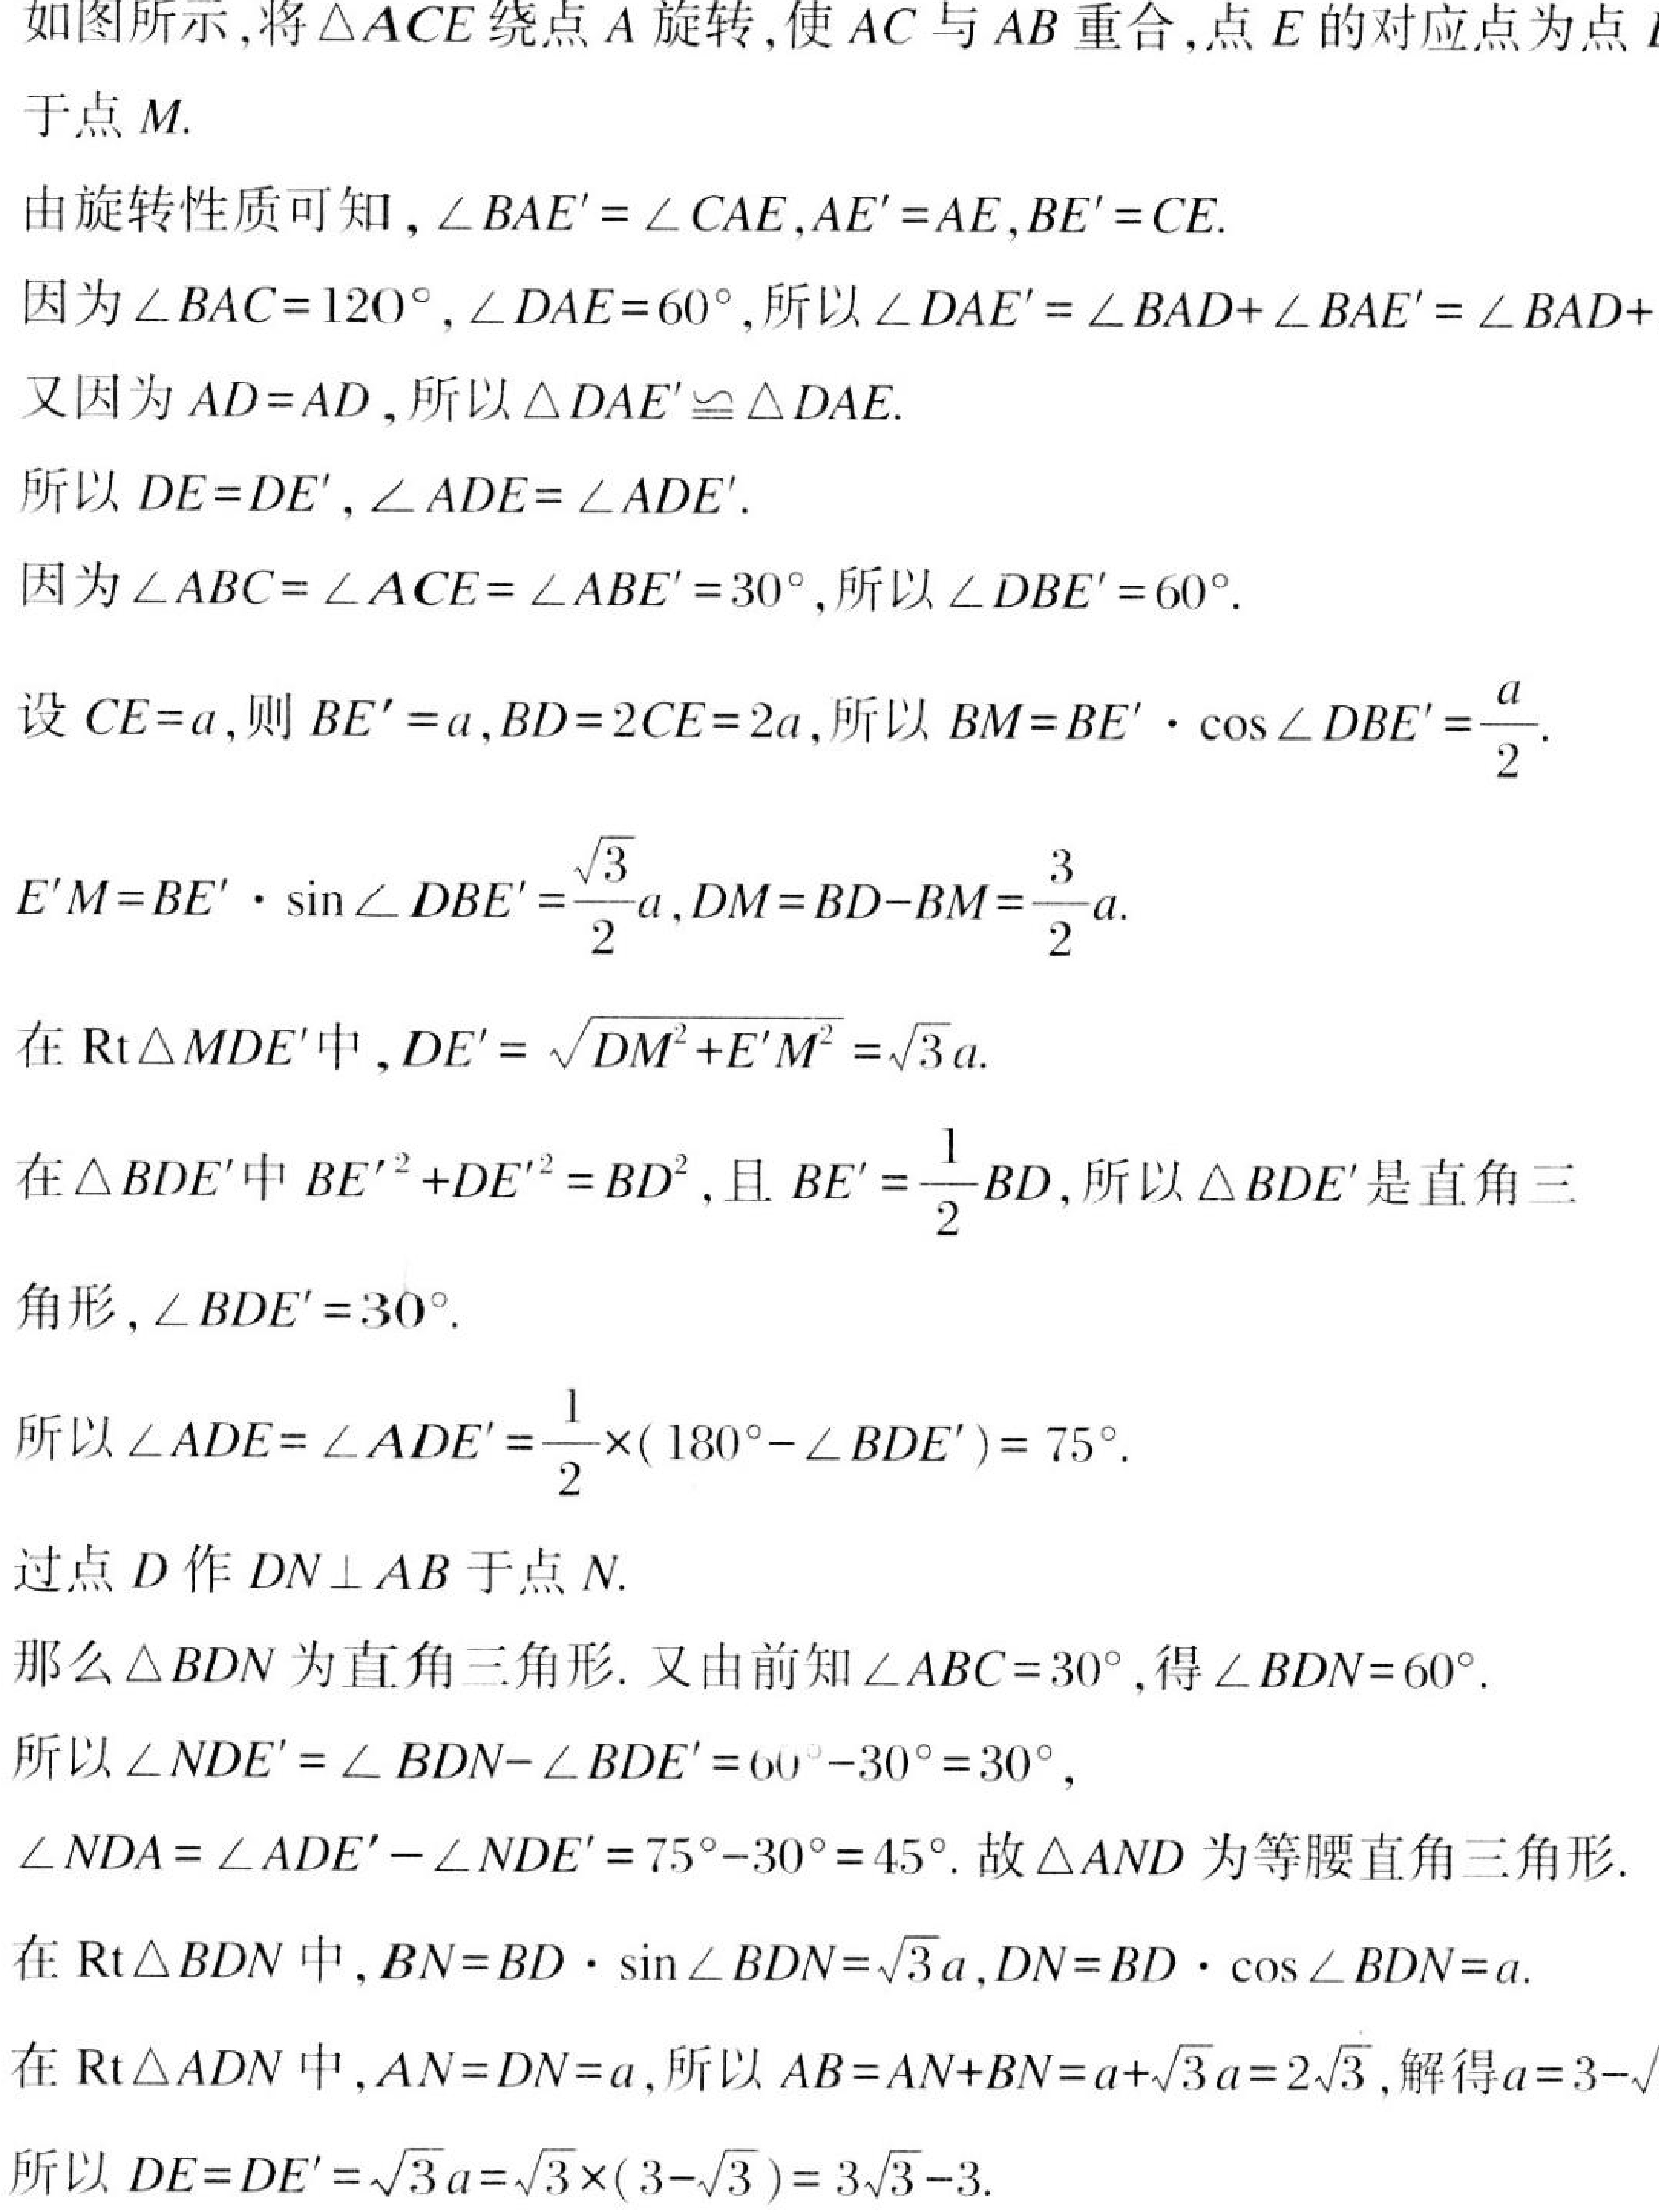
如图所示,将\(\triangle ACE\)绕点\(A\)旋转,使\(AC\)与\(AB\)重合,点\(E\)的对应点为点\(E'\)于点\(M\).
由旋转性质可知，\(\angle BAE'=\angle CAE\),\(AE' = AE\),\(BE' = CE\).
因为\(\angle BAC = 120^{\circ}\),\(\angle DAE = 60^{\circ}\),所以\(\angle DAE'=\angle BAD+\angle BAE'=\angle BAD +\)
又因为\(AD = AD\),所以\(\triangle DAE'\cong\triangle DAE\).
所以\(DE = DE'\),\(\angle ADE=\angle ADE'\).
因为\(\angle ABC=\angle ACE=\angle ABE' = 30^{\circ}\),所以\(\angle DBE' = 60^{\circ}\).
设\(CE = a\),则\(BE' = a\),\(BD = 2CE = 2a\),所以\(BM=BE'\cdot\cos\angle DBE'=\frac{a}{2}\).
\(E'M=BE'\cdot\sin\angle DBE'=\frac{\sqrt{3}}{2}a\),\(DM = BD - BM=\frac{3}{2}a\).
在\(\text{Rt}\triangle MDE'\)中,\(DE'=\sqrt{DM^{2}+E'M^{2}}=\sqrt{3}a\).
在\(\triangle BDE'\)中\(BE'^{2}+DE'^{2}=BD^{2}\),且\(BE'=\frac{1}{2}BD\),所以\(\triangle BDE'\)是直角三角形,\(\angle BDE' = 30^{\circ}\).
所以\(\angle ADE=\angle ADE'=\frac{1}{2}\times(180^{\circ}-\angle BDE') = 75^{\circ}\).
过点\(D\)作\(DN\perp AB\)于点\(N\).
那么\(\triangle BDN\)为直角三角形. 又由前知\(\angle ABC = 30^{\circ}\),得\(\angle BDN = 60^{\circ}\).
所以\(\angle NDE'=\angle BDN-\angle BDE' = 60^{\circ}-30^{\circ}=30^{\circ}\),
\(\angle NDA=\angle ADE'-\angle NDE' = 75^{\circ}-30^{\circ}=45^{\circ}\). 故\(\triangle AND\)为等腰直角三角形.
在\(\text{Rt}\triangle BDN\)中,\(BN = BD\cdot\sin\angle BDN=\sqrt{3}a\),\(DN = BD\cdot\cos\angle BDN=a\).
在\(\text{Rt}\triangle ADN\)中,\(AN = DN = a\),所以\(AB=AN + BN=a+\sqrt{3}a = 2\sqrt{3}\),解得\(a = 3-\sqrt{3}\).
所以\(DE = DE'=\sqrt{3}a=\sqrt{3}\times(3 - \sqrt{3})=3\sqrt{3}-3\).